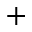
+